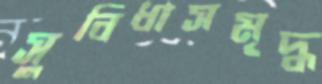
সুবিধাসমৃদ্ধ